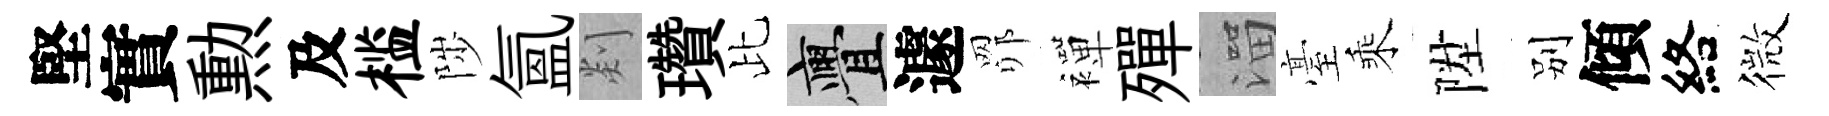
堅實勲及槛陟氳剡瓚比亹遽𦊑襌殫溜臺乘陞别傾絡微